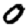
Digit: 0